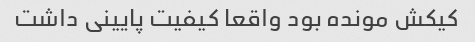
کیکش مونده بود واقعا کیفیت پایینی داشت